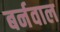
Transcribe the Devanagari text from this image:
बर्नवाल